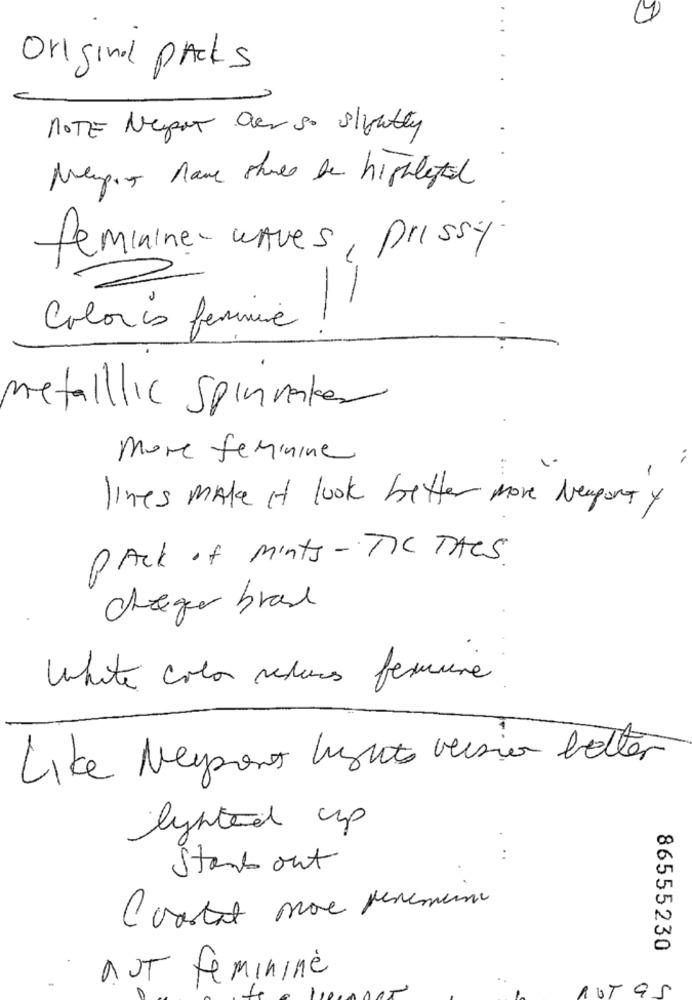
4
Original packs
NOTE Napot Over so slightly
.
Nempor name stores be highlytel
feminine- wAves, prissy.
-
Coloris femmine .
metallic Spinnenker
more feminine
lines make It look better more Newport y
PACK of mints-TIC TACS.
chegue brase
White color reduces fermière
Like Neysons light version better
lighted up
. ..
Stand out
U
0
86555230
aUT feminine
ROT Q5